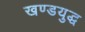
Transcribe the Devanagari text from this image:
खण्डयुद्ध